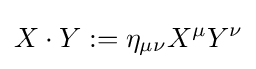
X\cdot Y:=\eta _{\mu \nu }X^{\mu }Y^{\nu }